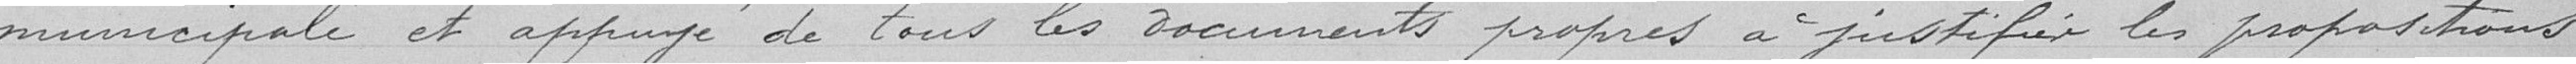
municipale et appuyé de tous les documents propres à justifier les propositions